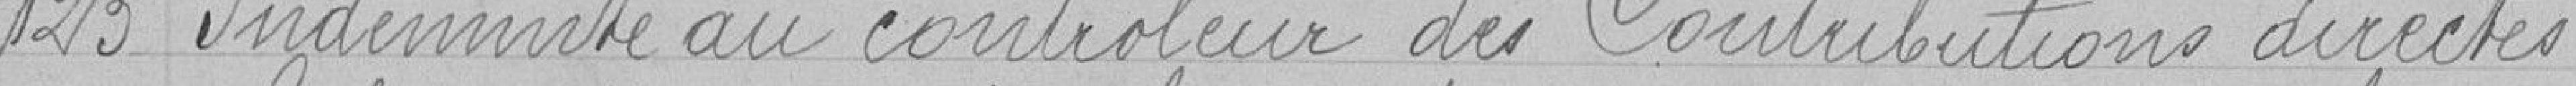
123 Indemnité au contrôleur des contributions directes